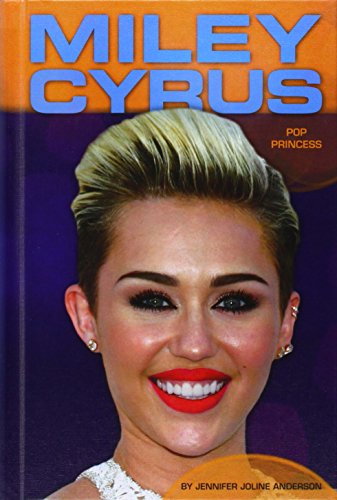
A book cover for Miley Cyrus: Pop Princess (Contemporary Lives Set 4); Jennifer Joline Anderson; Teen & Young Adult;